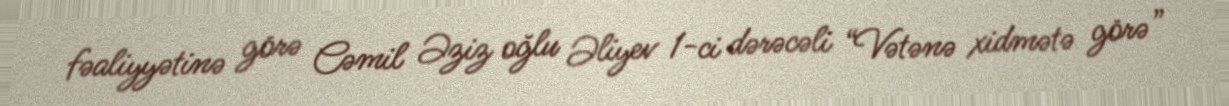
fəaliyyətinə görə Cəmil Əziz oğlu Əliyev 1-ci dərəcəli “Vətənə xidmətə görə”